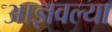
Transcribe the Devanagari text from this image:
आज्ञवल्या